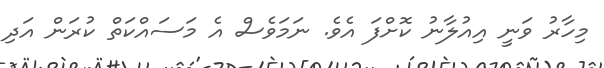
މިހާރު ވަނީ އިއުލާނު ކޮށްފަ އެވެ. ނަމަވެސް އެ މަަސައްކަތް ކުރަން އަދި